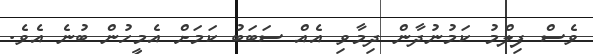
ވެސް ފިލްމު ކަމުނުދާން ދިމާވި އެއް ސަބަބު ކަމަށް އެމީހުން ބުނެ އެވެ.